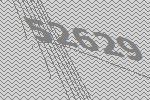
52629